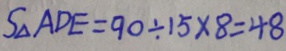
S _ { \Delta } A D E = 9 0 \div 1 5 \times 8 = 4 8